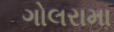
ગોલરામા